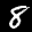
Label: 8